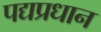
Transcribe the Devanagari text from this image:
पद्यप्रधान